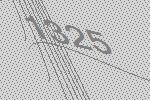
1325